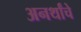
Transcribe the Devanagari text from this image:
अनर्थांचे